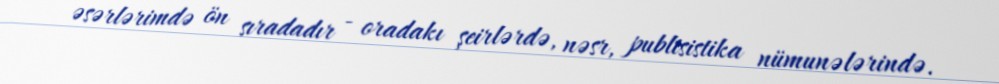
əsərlərimdə ön sıradadır - oradakı şeirlərdə, nəsr, publisistika nümunələrində.